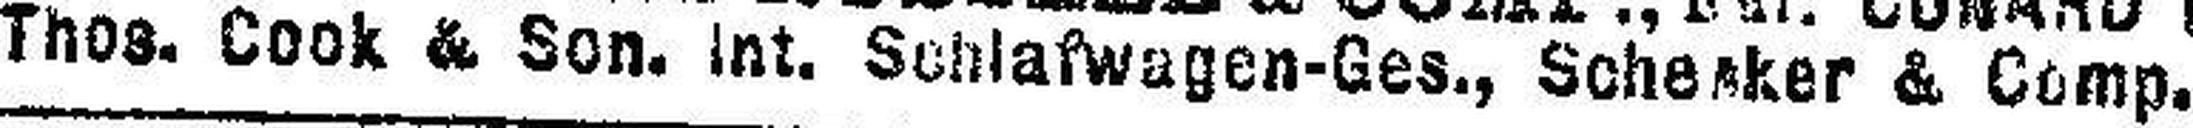
Thos. Cook & Son. Int. Schafwagen-Ges., Schenker & Comp.